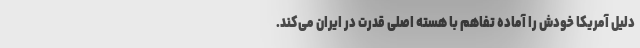
دلیل آمریکا خودش را آماده تفاهم با هسته اصلی قدرت در ایران می‌کند.